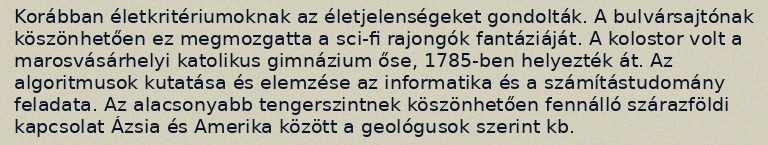
Korábban életkritériumoknak az életjelenségeket gondolták. A bulvársajtónak köszönhetően ez megmozgatta a sci-fi rajongók fantáziáját. A kolostor volt a marosvásárhelyi katolikus gimnázium őse, 1785-ben helyezték át. Az algoritmusok kutatása és elemzése az informatika és a számítástudomány feladata. Az alacsonyabb tengerszintnek köszönhetően fennálló szárazföldi kapcsolat Ázsia és Amerika között a geológusok szerint kb.